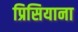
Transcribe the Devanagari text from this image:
प्रिसियाना